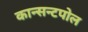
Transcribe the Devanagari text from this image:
कान्सन्टपोल